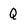
Character: Q